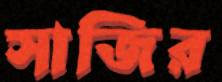
সাজির